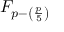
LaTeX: F _ { p - \left( { \frac { p } { 5 } } \right) }